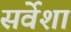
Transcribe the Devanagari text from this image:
सर्वेशा